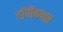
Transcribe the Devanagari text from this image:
हॉपीकन्स